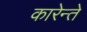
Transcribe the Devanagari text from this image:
कारेन्ते